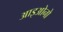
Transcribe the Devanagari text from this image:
आइओनो